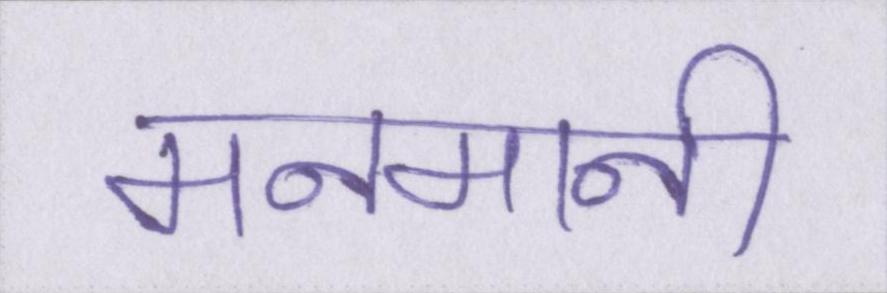
मनमानी